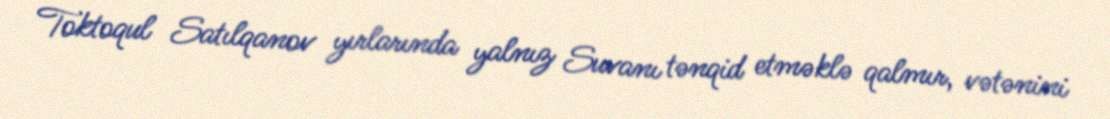
Toktoqul Satılqanov yırlarında yalnız Suvanı tənqid etməklə qalmır, vətənini